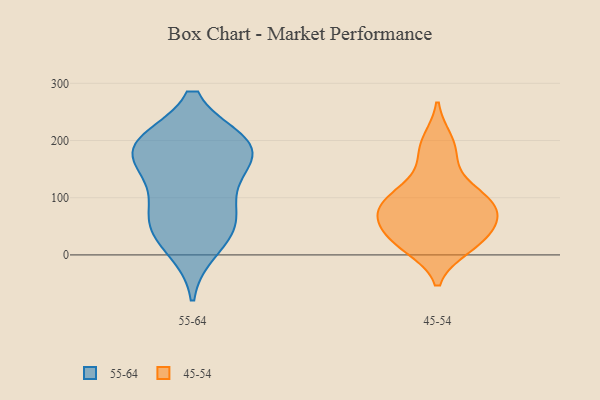
{"axis": {"x": "Budget (USD K)", "y": "Value"}, "legend": ["45-54", "55-64"], "data": [{"x": "", "y": 182, "type": "55-64"}, {"x": "", "y": 112, "type": "55-64"}, {"x": "", "y": 60, "type": "55-64"}, {"x": "", "y": 48, "type": "55-64"}, {"x": "", "y": 143, "type": "55-64"}, {"x": "", "y": 59, "type": "55-64"}, {"x": "", "y": 194, "type": "55-64"}, {"x": "", "y": 194, "type": "55-64"}, {"x": "", "y": 12, "type": "55-64"}, {"x": "", "y": 189, "type": "55-64"}, {"x": "", "y": 189, "type": "55-64"}, {"x": "", "y": 171, "type": "45-54"}, {"x": "", "y": 54, "type": "45-54"}, {"x": "", "y": 111, "type": "45-54"}, {"x": "", "y": 86, "type": "45-54"}, {"x": "", "y": 28, "type": "45-54"}, {"x": "", "y": 13, "type": "45-54"}, {"x": "", "y": 82, "type": "45-54"}, {"x": "", "y": 110, "type": "45-54"}, {"x": "", "y": 76, "type": "45-54"}, {"x": "", "y": 56, "type": "45-54"}, {"x": "", "y": 200, "type": "45-54"}, {"x": "", "y": 19, "type": "45-54"}]}